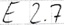
Text: E 2.7